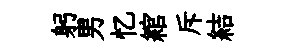
躬男忆綰斥結